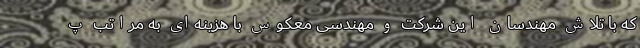
که با تلاش مهندسان این شرکت و مهندسی معکوس با هزینه‌ای به مراتب پ